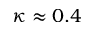
\kappa \approx 0 . 4